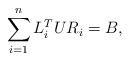
LaTeX: \begin{align*}\sum_{i=1}^n L_i^T U R_i = B,\end{align*}